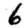
Digit: 6